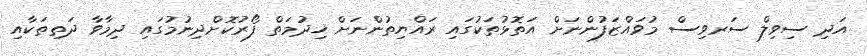
އަދި ސިވިލް ސަރވިސް މުވައްޒަފުންނަށް އަތޮޅުތަކުގައި ރައްޔިތުންނަށް ޚިދުމަތް ފޯރުކޮށްދިނުމުގައި ދިމާވާ ދަތިތަކާއި